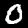
Label: 0